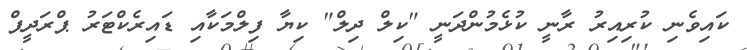
ކައިވެނި ކުރިއިރު ރާނީ ކުޅެމުންދަނީ "ކިލް ދިލް" ކިޔާ ފިލްމަކާއި ޑައިރެކްޓަރު ޕްރަދީޕް